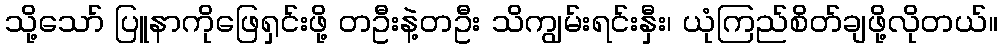
သို့သော် ပြူနာကိုဖြေရှင်းဖို့ တဦးနဲ့တဦး သိကျွမ်းရင်းနှီး၊ ယုံကြည်စိတ်ချဖို့လိုတယ်။